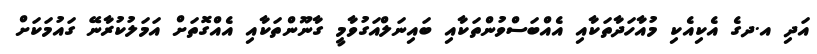
އަދި އ.ދގެ އެކިއެކި މުއާހަދާތަކާއި އެއްބަސްވުންތަކާއި ބައިނަލްއަގުވާމީ ގާނޫންތަކާއި އެއްގޮތަށް އަމަލުކުރާނޭ ގައުމަކަށް